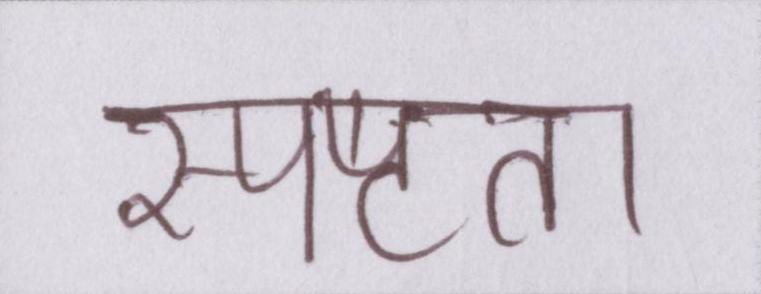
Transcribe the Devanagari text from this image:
स्पष्टता